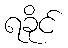
ရခိုင်